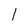
Character: l